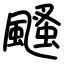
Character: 颾